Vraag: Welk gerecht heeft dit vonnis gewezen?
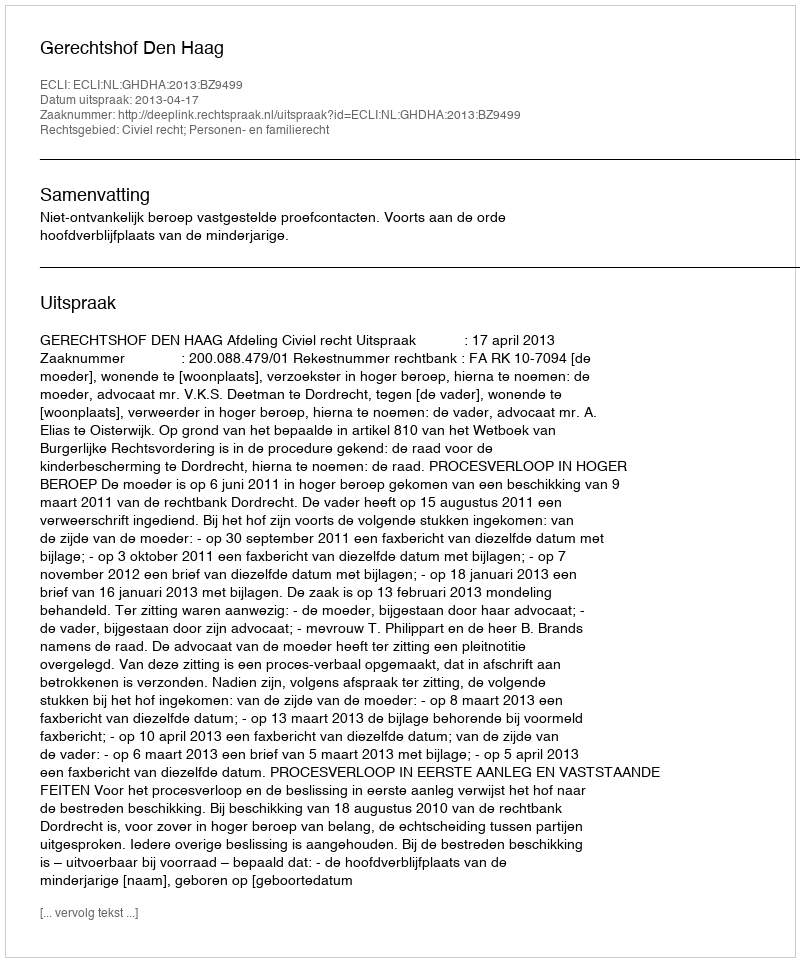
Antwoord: Gerechtshof Den Haag